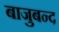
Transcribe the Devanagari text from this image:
बाजुबन्द